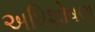
અધિશોષણ